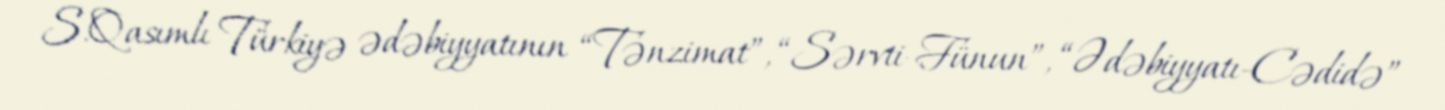
S.Qasımlı Türkiyə ədəbiyyatının “Tənzimat”, “Sərvti-Fünun”, “Ədəbiyyatı-Cədidə”